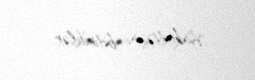
fakültəsini bitiriblər.